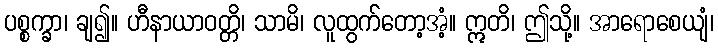
ပစ္စက္ခာ၊ ချ၍။ ဟီနာယာဝတ္တိ၊ သာမိ၊ လူထွက်တော့အံ့။ ဣတိ၊ ဤသို့။ အာရောစေယျံ၊